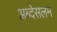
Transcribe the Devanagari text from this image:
अब्देसलम